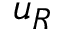
u _ { R }